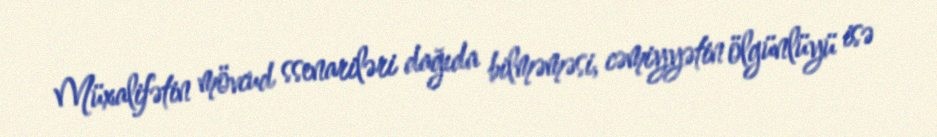
Müxalifətin mövcud ssenariləri dağıda bilməməsi, cəmiyyətin ölgünlüyü isə